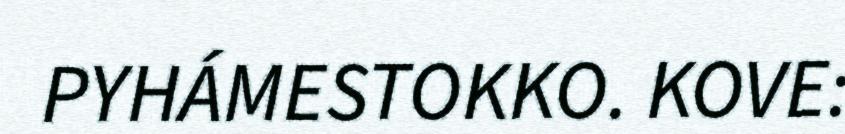
PYHÁMESTOKKO. KOVE: